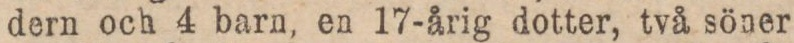
dern och 4 barn, en 17-årig dotter, två söner